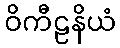
ဝိကီဠနိယံ